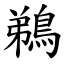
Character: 鵜